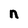
Character: n